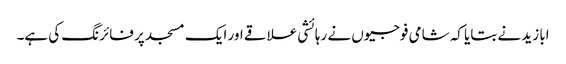
ابا زید نے بتایا کہ شامی فوجیوں نے رہائشی علاقے اور ایک مسجد پر فائرنگ کی ہے۔